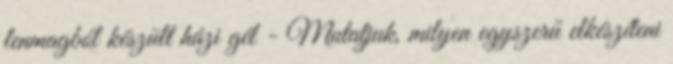
lenmagból készült házi gél - Mutatjuk, milyen egyszerű elkészíteni